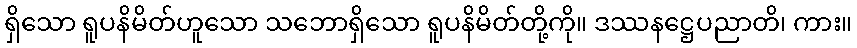
ရှိသော ရူပနိမိတ်ဟူသော သဘောရှိသော ရူပနိမိတ်တို့ကို။ ဒဿနဋ္ဌေပညာတိ၊ ကား။